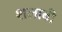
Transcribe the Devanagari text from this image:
शलाबी